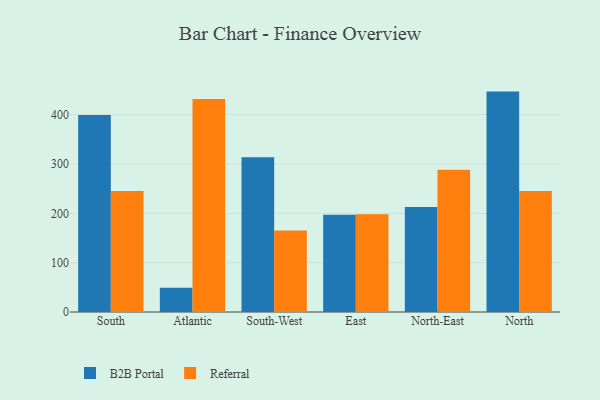
{"axis": {"x": "Region", "y": "Churn Rate (%)"}, "legend": ["B2B Portal", "Referral"], "data": [{"x": "South", "y": 399.4, "type": "B2B Portal"}, {"x": "South", "y": 245.1, "type": "Referral"}, {"x": "Atlantic", "y": 49.1, "type": "B2B Portal"}, {"x": "Atlantic", "y": 431.9, "type": "Referral"}, {"x": "South-West", "y": 313.7, "type": "B2B Portal"}, {"x": "South-West", "y": 165.2, "type": "Referral"}, {"x": "East", "y": 197.3, "type": "B2B Portal"}, {"x": "East", "y": 198.1, "type": "Referral"}, {"x": "North-East", "y": 212.9, "type": "B2B Portal"}, {"x": "North-East", "y": 288.3, "type": "Referral"}, {"x": "North", "y": 446.8, "type": "B2B Portal"}, {"x": "North", "y": 245.2, "type": "Referral"}]}